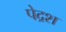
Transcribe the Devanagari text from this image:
पेद्रश